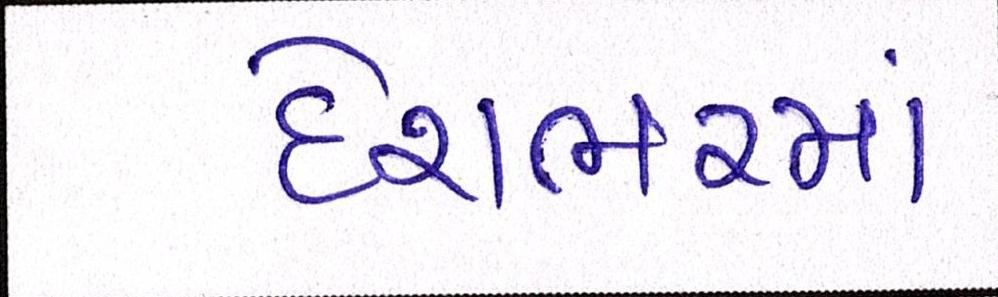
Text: દેશભરમાં